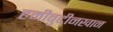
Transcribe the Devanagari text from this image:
हमीबुद्दीनखान